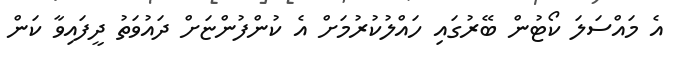
އެ މައްސަލަ ކޯޓުން ބޭރުގައި ހައްލުކުރުމަށް އެ ކުންފުންޏަށް ދައުވަތު ދީފައިވާ ކަން